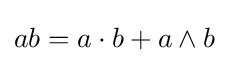
ab=a\cdot b+a\wedge b